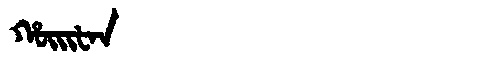
Manchu: ᡥᡡᡳᡶᠠᠨ
Romanization: HŪIFAN